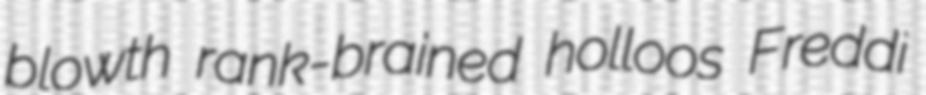
blowth rank-brained holloos Freddi